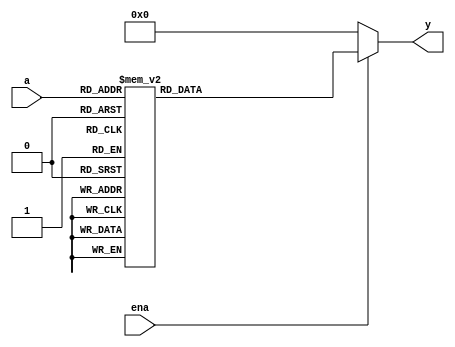


module decoder3e_test(a,ena,y);
  input [2:0] a;
  input ena;
  output [7:0] y; 

  


reg [7:0]y;
always@(a or ena)begin
  if(~ena) y=8'd0;
  else 
    case(a)
      3'b000: y<=8'd0;
      3'b001: y<=8'd1;
      3'b010: y<=8'd2;
      3'b011: y<=8'd3;
      3'b100: y<=8'd4;
      3'b101: y<=8'd5;
      3'b110: y<=8'd6;
      3'b111: y<=8'd7;
  endcase
end





endmodule